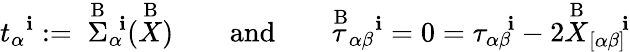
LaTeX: t_{\alpha}{}^{\mathbf{i}}:=\; \stackrel{\mathrm{{B}}}{\Sigma}_{\alpha}{}^{\! \mathbf{i}}(\stackrel{\mathrm{{B}}}{X})\qquad\mathrm{{and}}\qquad\stackrel{\mathrm{{B}}}{\tau}_{\alpha\beta}{}^{\mathbf{i}}=0={\tau}_{\alpha\beta}{}^{\! \mathbf{i}}-2\stackrel{\mathrm{{B}}}{X}_{[\alpha\beta]}{}^{\! \mathbf{i}}